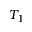
T _ { 1 }